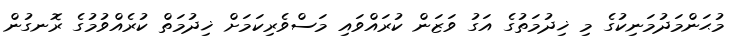
މުޙަންމަދުމަނިކުގެ މި ޚިދުމަތުގެ އަގު ވަޒަން ކުރައްވައި މަސްވެރިކަމަށް ޚިދުމަތް ކުރެއްވުމުގެ ރޮނގުން